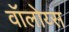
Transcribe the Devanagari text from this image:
वॉलोय्स